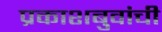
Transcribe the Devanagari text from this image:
प्रकाशबुवांची